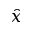
\hat { x }